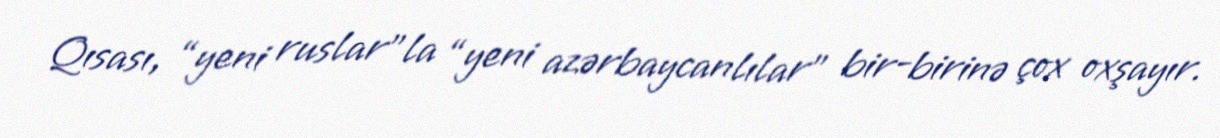
Qısası, “yeni ruslar”la “yeni azərbaycanlılar” bir-birinə çox oxşayır.